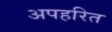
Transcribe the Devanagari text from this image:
अपहरित